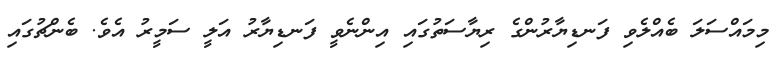
މިމައްސަލަ ބެއްލެވި ފަނޑިޔާރުންގެ ރިޔާސަތުގައި އިންނެވީ ފަނޑިޔާރު އަލީ ސަމީރު އެވެ. ބެންޗުގައި